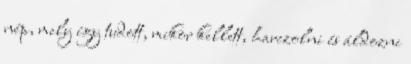
nép, mely így tudott, mikor kellett, harczolni és áldozni